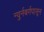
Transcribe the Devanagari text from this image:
न्युर्नबर्गपासून